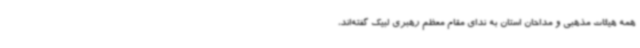
همه هیئات مذهبی و مداحان استان به ندای مقام معظم رهبری لبیک گفته‌اند،